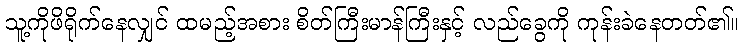
သူ့ကိုဖိရိုက်နေလျှင် ထမည့်အစား စိတ်ကြီးမာန်ကြီးနှင့် လည်ခွေကို ကုန်းခဲနေတတ်၏။